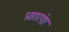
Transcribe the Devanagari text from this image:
प्रसारंगा